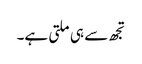
تجھ سے ہی ملتی ہے۔